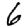
Digit: 6